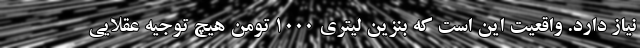
نیاز دارد. واقعیت این است که بنزین لیتری ۱۰۰۰ تومن هیچ توجیه عقلایی